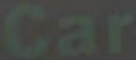
Car